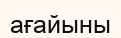
ағайыны